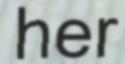
her